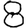
Digit: 8